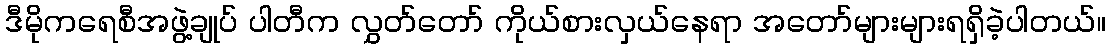
ဒီမိုကရေစီအဖွဲ့ချုပ် ပါတီက လွှတ်တော် ကိုယ်စားလှယ်နေရာ အတော်များများရရှိခဲ့ပါတယ်။